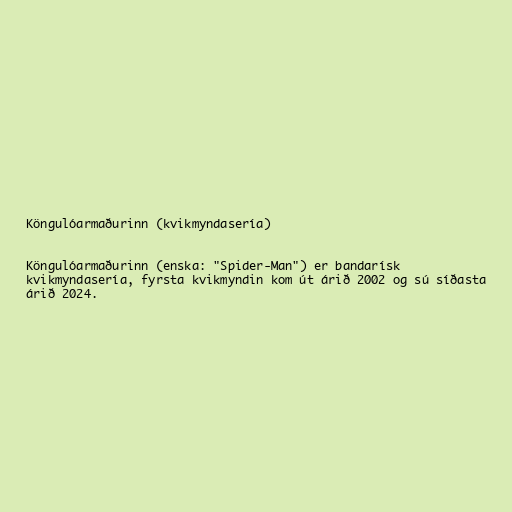
Köngulóarmaðurinn (kvikmyndasería)

Köngulóarmaðurinn (enska: "Spider-Man") er bandarísk
kvikmyndasería, fyrsta kvikmyndin kom út árið 2002 og sú síðasta
árið 2024.